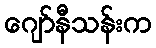
ဂျော်နီသန်းက